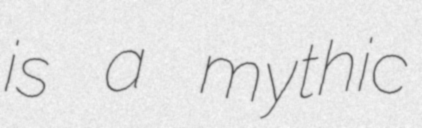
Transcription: is a mythic